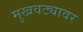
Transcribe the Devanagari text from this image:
मुखवट्यावर